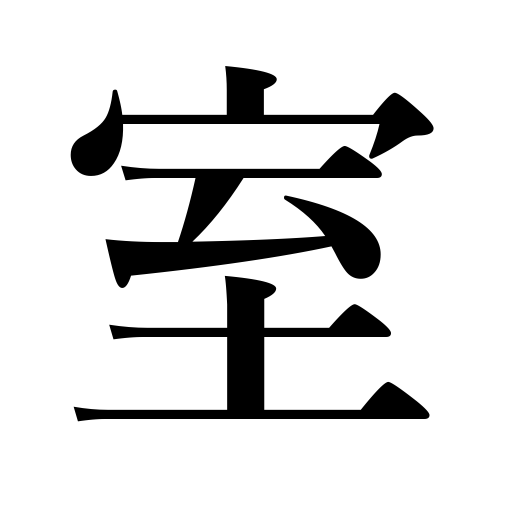
Meanings: cellar,room,greenhouse,apartment,compartment,ice house,chamber